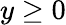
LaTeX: y\ge 0